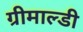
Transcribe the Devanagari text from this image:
ग्रीमाल्डी